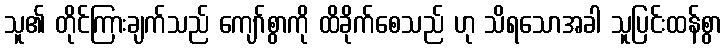
သူ၏ တိုင်ကြားချက်သည် ကျော်စွာကို ထိခိုက်စေသည် ဟု သိရသောအခါ သူပြင်းထန်စွာ